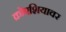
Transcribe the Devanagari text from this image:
क्रोएशियावर